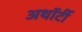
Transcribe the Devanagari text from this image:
अथॉर्टी